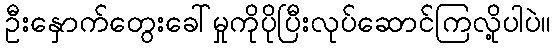
ဦးနှောက်တွေးခေါ်မှုကိုပိုပြီးလုပ်ဆောင်ကြလို့ပါပဲ။